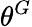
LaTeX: \theta^{G}